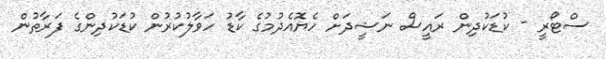
ސްޓޯރީ - ކުޑަކުދިން ރައީސް ނަޝީދަށް ހެޔޮއެދުމުގެ ކާޑު ހަވާލުކުރުން ކުޑަކުދިންގެ ފަރާތުން